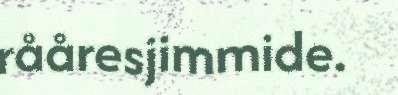
rååresjimmide.